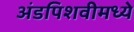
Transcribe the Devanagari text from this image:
अंडपिशवीमध्ये